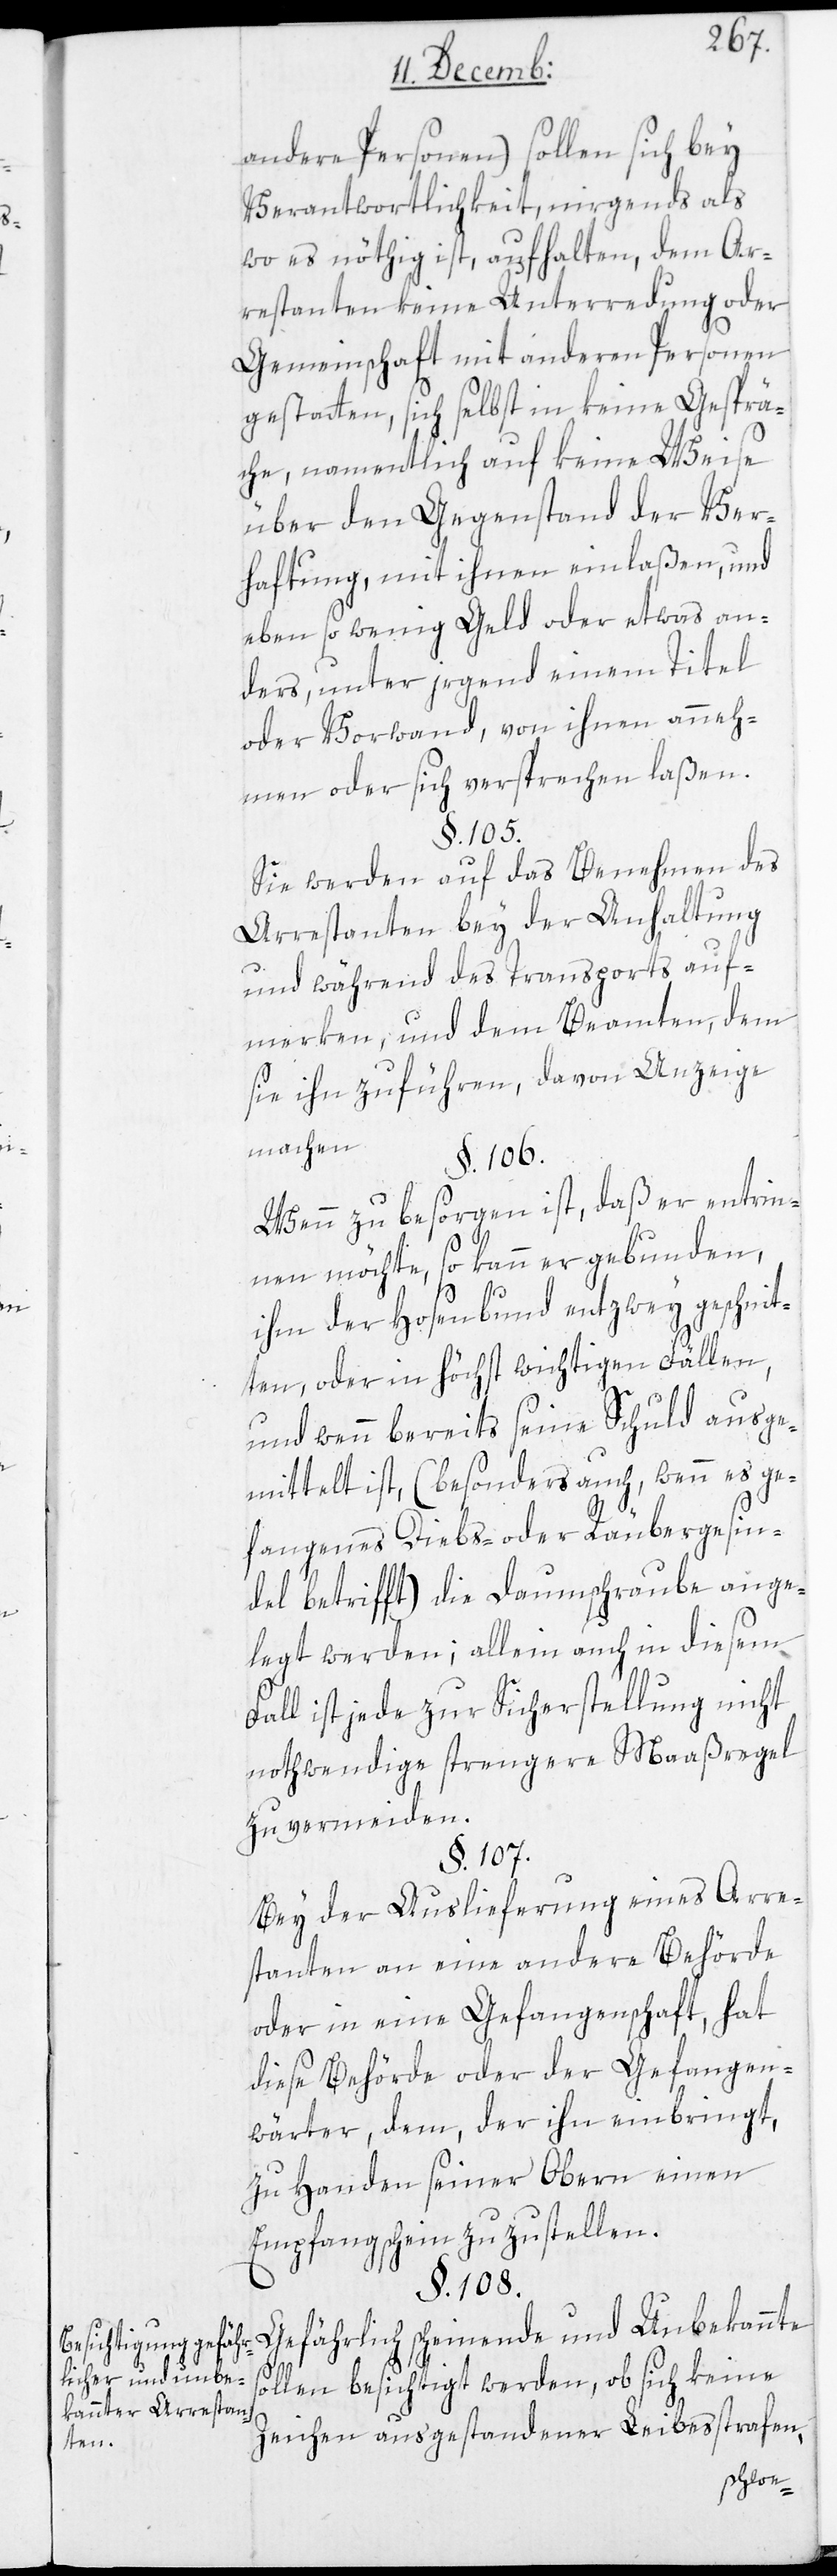
Besichtigung gefäh¬
rlicher und unbe¬
kannter Arrestan¬
ten.

andere Personen) sollen sich bey
Verantwortlichkeit, nirgends als
wo es nöthig ist, aufhalten, dem Ar¬
restanten keine Unterredung oder
Gemeinschaft mit anderen Personen
gestatten, sich selbst in keine Gesprä¬
che, namentlich auf keine Weise
über den Gegenstand der Ver¬
haftung, mit ihnen einlaßen, und
ebenso wenig Geld oder etwas an¬
deres, unter irgend einem Titel
oder Vorwand, von ihnen anneh¬
men oder sich versprechen laßen.
§. 105.
Sie werden auf das Benehmen des
Arrestanten bey der Anhaltung
und während des Transports auf¬
merken, und dem Beamten, dem
sie ihn zuführen, davon Anzeige
machen.
§. 106.
Wenn zu besorgen ist, daß er entrin¬
nen möchte, so kann er gebunden,
so¬
ihm den Hosenbund entzweygeschnit¬
ten, oder in höchst wichtigen Fällen,
und wenn bereits seine Schuld ausge¬
mittelt ist, (besonders auch, wenn es ge¬
fangenes Diebs- oder Räubergesin¬
del betrifft) die Daumschraube ange¬
legt werden; allein auch in diesem
Fall ist jede zur Sicherstellung nicht
nothwendige strengere Maaßregel
zu vermeiden.
§. 107.
Bei der Auslieferung eines Arre¬
stanten an eine andere Behörde
oder in eine Gefangenschaft, hat
diese Behörde oder der Gefangen¬
wärter dem, der ihn einbringt,
zu Handen seiner Obern einen
Empfangschein zuzustellen.
§. 108.
Gefährlich scheinende und Unbekannte
llen besichtigt werden ob sich keine
Zeichen ausgestandener Leibesstrafen,